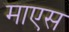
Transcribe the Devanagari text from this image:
माएस